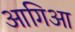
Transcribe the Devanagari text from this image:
आगिआ